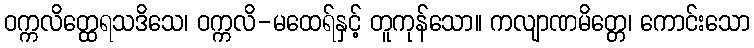
ဝက္ကလိတ္ထေရသဒိသေ၊ ဝက္ကလိ-မထေရ်နှင့် တူကုန်သော။ ကလျာဏမိတ္တေ၊ ကောင်းသော